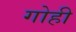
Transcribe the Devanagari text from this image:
गोही